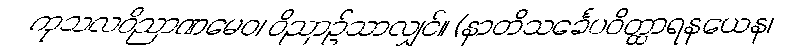
ကုသလဝိညာဏမေဝ၊ ဝိညာဉ်သာလျှင်။ (နာတိသင်္ခေပဝိတ္ထာရနယေန၊